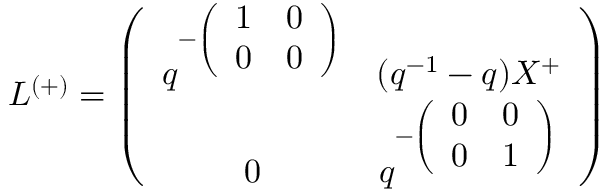
L ^ { ( + ) } = \left( \begin{array} { c c } { { q ^ { - \left( \begin{array} { c c } { { 1 } } & { { 0 } } \\ { { 0 } } & { { 0 } } \end{array} \right) } } } & { { ( q ^ { - 1 } - q ) X ^ { + } } } \\ { { 0 } } & { { q ^ { - \left( \begin{array} { c c } { { 0 } } & { { 0 } } \\ { { 0 } } & { { 1 } } \end{array} \right) } } } \end{array} \right)